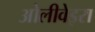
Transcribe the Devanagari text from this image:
ओलीवेइरा